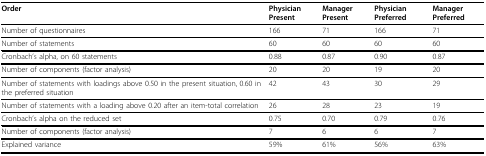
| Order | Physician Present | Manager Present | Physician Preferred | Manager Preferred |
 | --- | --- | --- | --- | --- |
 | Number of questionnaires | 166 | 71 | 166 | 71 |
 | Number of statements | 60 | 60 | 60 | 60 |
 | Cronbach's alpha, on 60 statements | 0.88 | 0.87 | 0.90 | 0.87 |
 | Number of components (factor analysis) | 20 | 20 | 19 | 20 |
 | Number of statements with loadings above 0.50 in the present situation, 0.60 in the preferred situation | 42 | 43 | 30 | 29 |
 | Number of statements with a loading above 0.20 after an item-total correlation | 26 | 28 | 23 | 19 |
 | Cronbach's alpha on the reduced set | 0.75 | 0.70 | 0.79 | 0.76 |
 | Number of components (factor analysis) | 7 | 6 | 6 | 7 |
 | Explained variance | 59% | 61% | 56% | 63% |